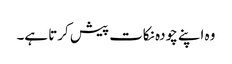
وہ اپنے چودہ نکات پیش کرتا ہے۔